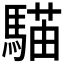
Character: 𩤱